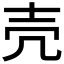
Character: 壳